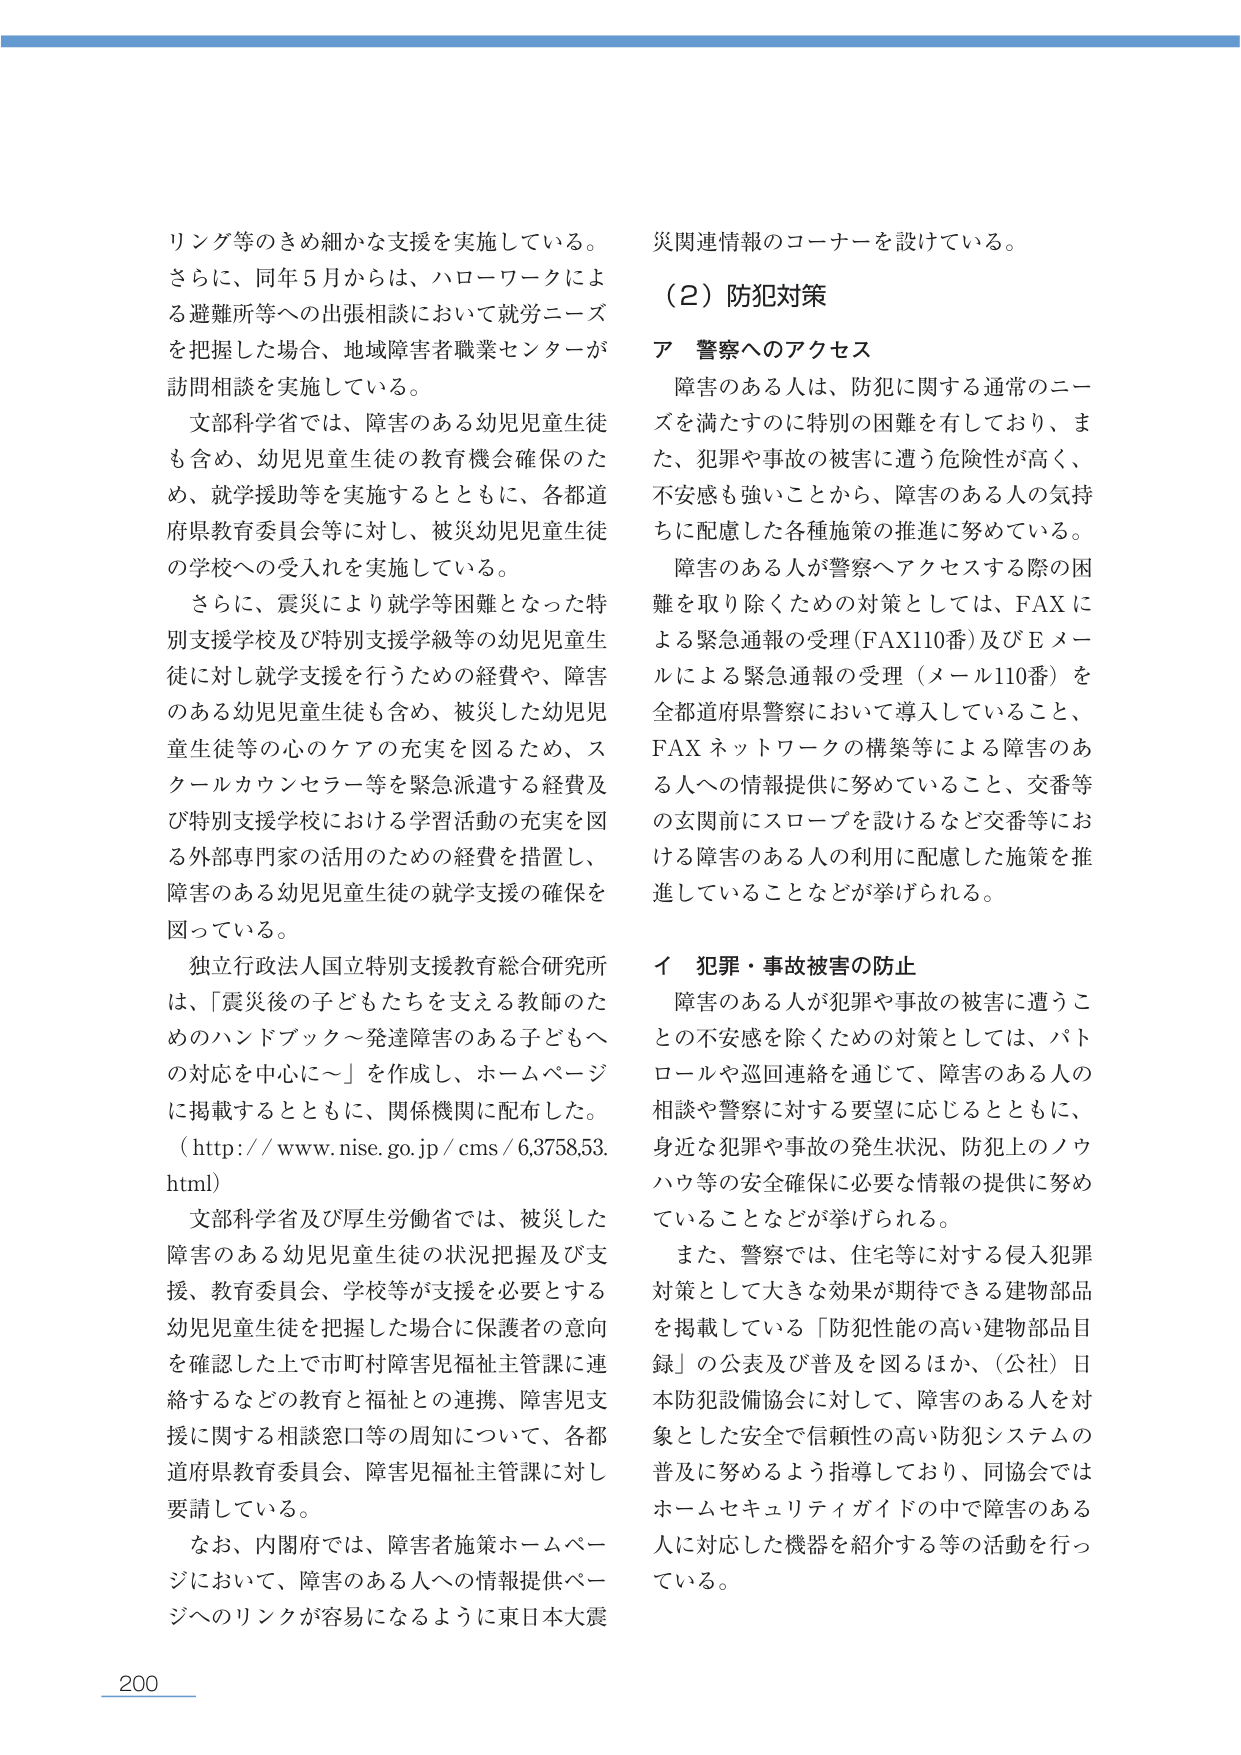
リング等のきめ細かな支援を実施している。
さらに、同年5月からは、ハローワークによる避難所等への出張相談において就労ニーズを把握した場合、地域障害者職業センターが訪問相談を実施している。

文部科学省では、障害のある幼児児童生徒も含め、幼児児童生徒の教育機会確保のため、就学援助等を実施するとともに、各都道府県教育委員会等に対し、被災幼児児童生徒の学校への受入れを実施している。

さらに、震災により就学等困難となった特別支援学校及び特別支援学級等の幼児児童生徒に対し就学支援を行うための経費や、障害のある幼児児童生徒も含め、被災した幼児児童生徒等の心のケアの充実を図るため、スクールカウンセラー等を緊急派遣する経費及び特別支援学校における学習活動の充実を図る外部専門家の活用のための経費を措置し、障害のある幼児児童生徒の就学支援の確保を図っている。

独立行政法人国立特別支援教育総合研究所は、「震災後の子どもたちを支える教師のためのハンドブック～発達障害のある子どもへの対応を中心に～」を作成し、ホームページに掲載するとともに、関係機関に配布した。
（http://www.nise.go.jp/cms/6,3758,53.html）

文部科学省及び厚生労働省では、被災した障害のある幼児児童生徒の状況把握及び支援、教育委員会、学校等が支援を必要とする幼児児童生徒を把握した場合に保護者の意向を確認した上で市町村障害児福祉主管課に連絡するなどの教育と福祉との連携、障害児支援に関する相談窓口等の周知について、各都道府県教育委員会、障害児福祉主管課に対し要請している。

なお、内閣府では、障害者施策ホームページにおいて、障害のある人への情報提供ページへのリンクが容易になるように東日本大震災関連情報のコーナーを設けている。

（2）防犯対策

ア 警察へのアクセス
障害のある人は、防犯に関する通常のニーズを満たすのに特別の困難を有しており、また、犯罪や事故の被害に遭う危険性が高く、不安感も強いことから、障害のある人の気持ちに配慮した各種施策の推進に努めている。

障害のある人が警察へアクセスする際の困難を取り除くための対策としては、FAXによる緊急通報の受理（FAX110番）及びEメールによる緊急通報の受理（メール110番）を全都道府県警察において導入していること、FAXネットワークの構築等による障害のある人への情報提供に努めていること、交番等の玄関前にスロープを設けるなど交番等における障害のある人の利用に配慮した施策を推進していることなどが挙げられる。

イ 犯罪・事故被害の防止
障害のある人が犯罪や事故の被害に遭うことの不安感を除くための対策としては、パトロールや巡回連絡を通じて、障害のある人の相談や警察に対する要望に応じるとともに、身近な犯罪や事故の発生状況、防犯上のノウハウ等の安全確保に必要な情報の提供に努めていることなどが挙げられる。

また、警察では、住宅等に対する侵入犯罪対策として大きな効果が期待できる建物部品を掲載している「防犯性能の高い建物部品目録」の公表及び普及を図るほか、（公社）日本防犯設備協会に対して、障害のある人を対象とした安全で信頼性の高い防犯システムの普及に努めるよう指導しており、同協会ではホームセキュリティガイドの中で障害のある人に対応した機器を紹介する等の活動を行っている。

200